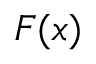
\boldsymbol { F } ( \boldsymbol { x } )